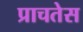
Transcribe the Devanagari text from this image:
प्राचतेस